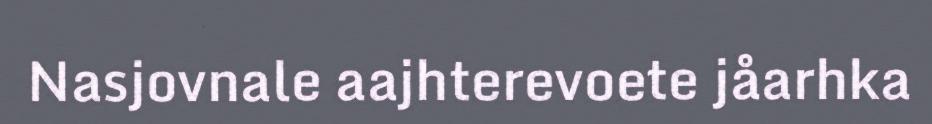
Nasjovnale aajhterevoete jåarhka